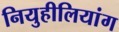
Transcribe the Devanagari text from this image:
नियुहीलियांग